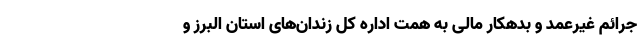
جرائم غیرعمد و بدهکار مالی به همت اداره کل زندان‌های استان البرز و